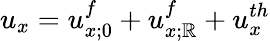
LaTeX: u_{x}=u_{x;0}^{f}+u_{x;\mathbb{R}}^{f}+u_{x}^{th}